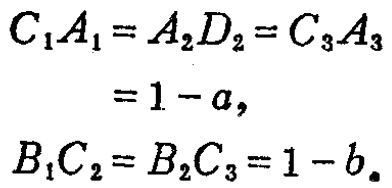
\[
\begin{align*}
C_{1}A_{1}=A_{2}D_{2}&=C_{3}A_{3}\\
&=1 - a,\\
B_{1}C_{2}=B_{2}C_{3}&=1 - b.
\end{align*}
\]